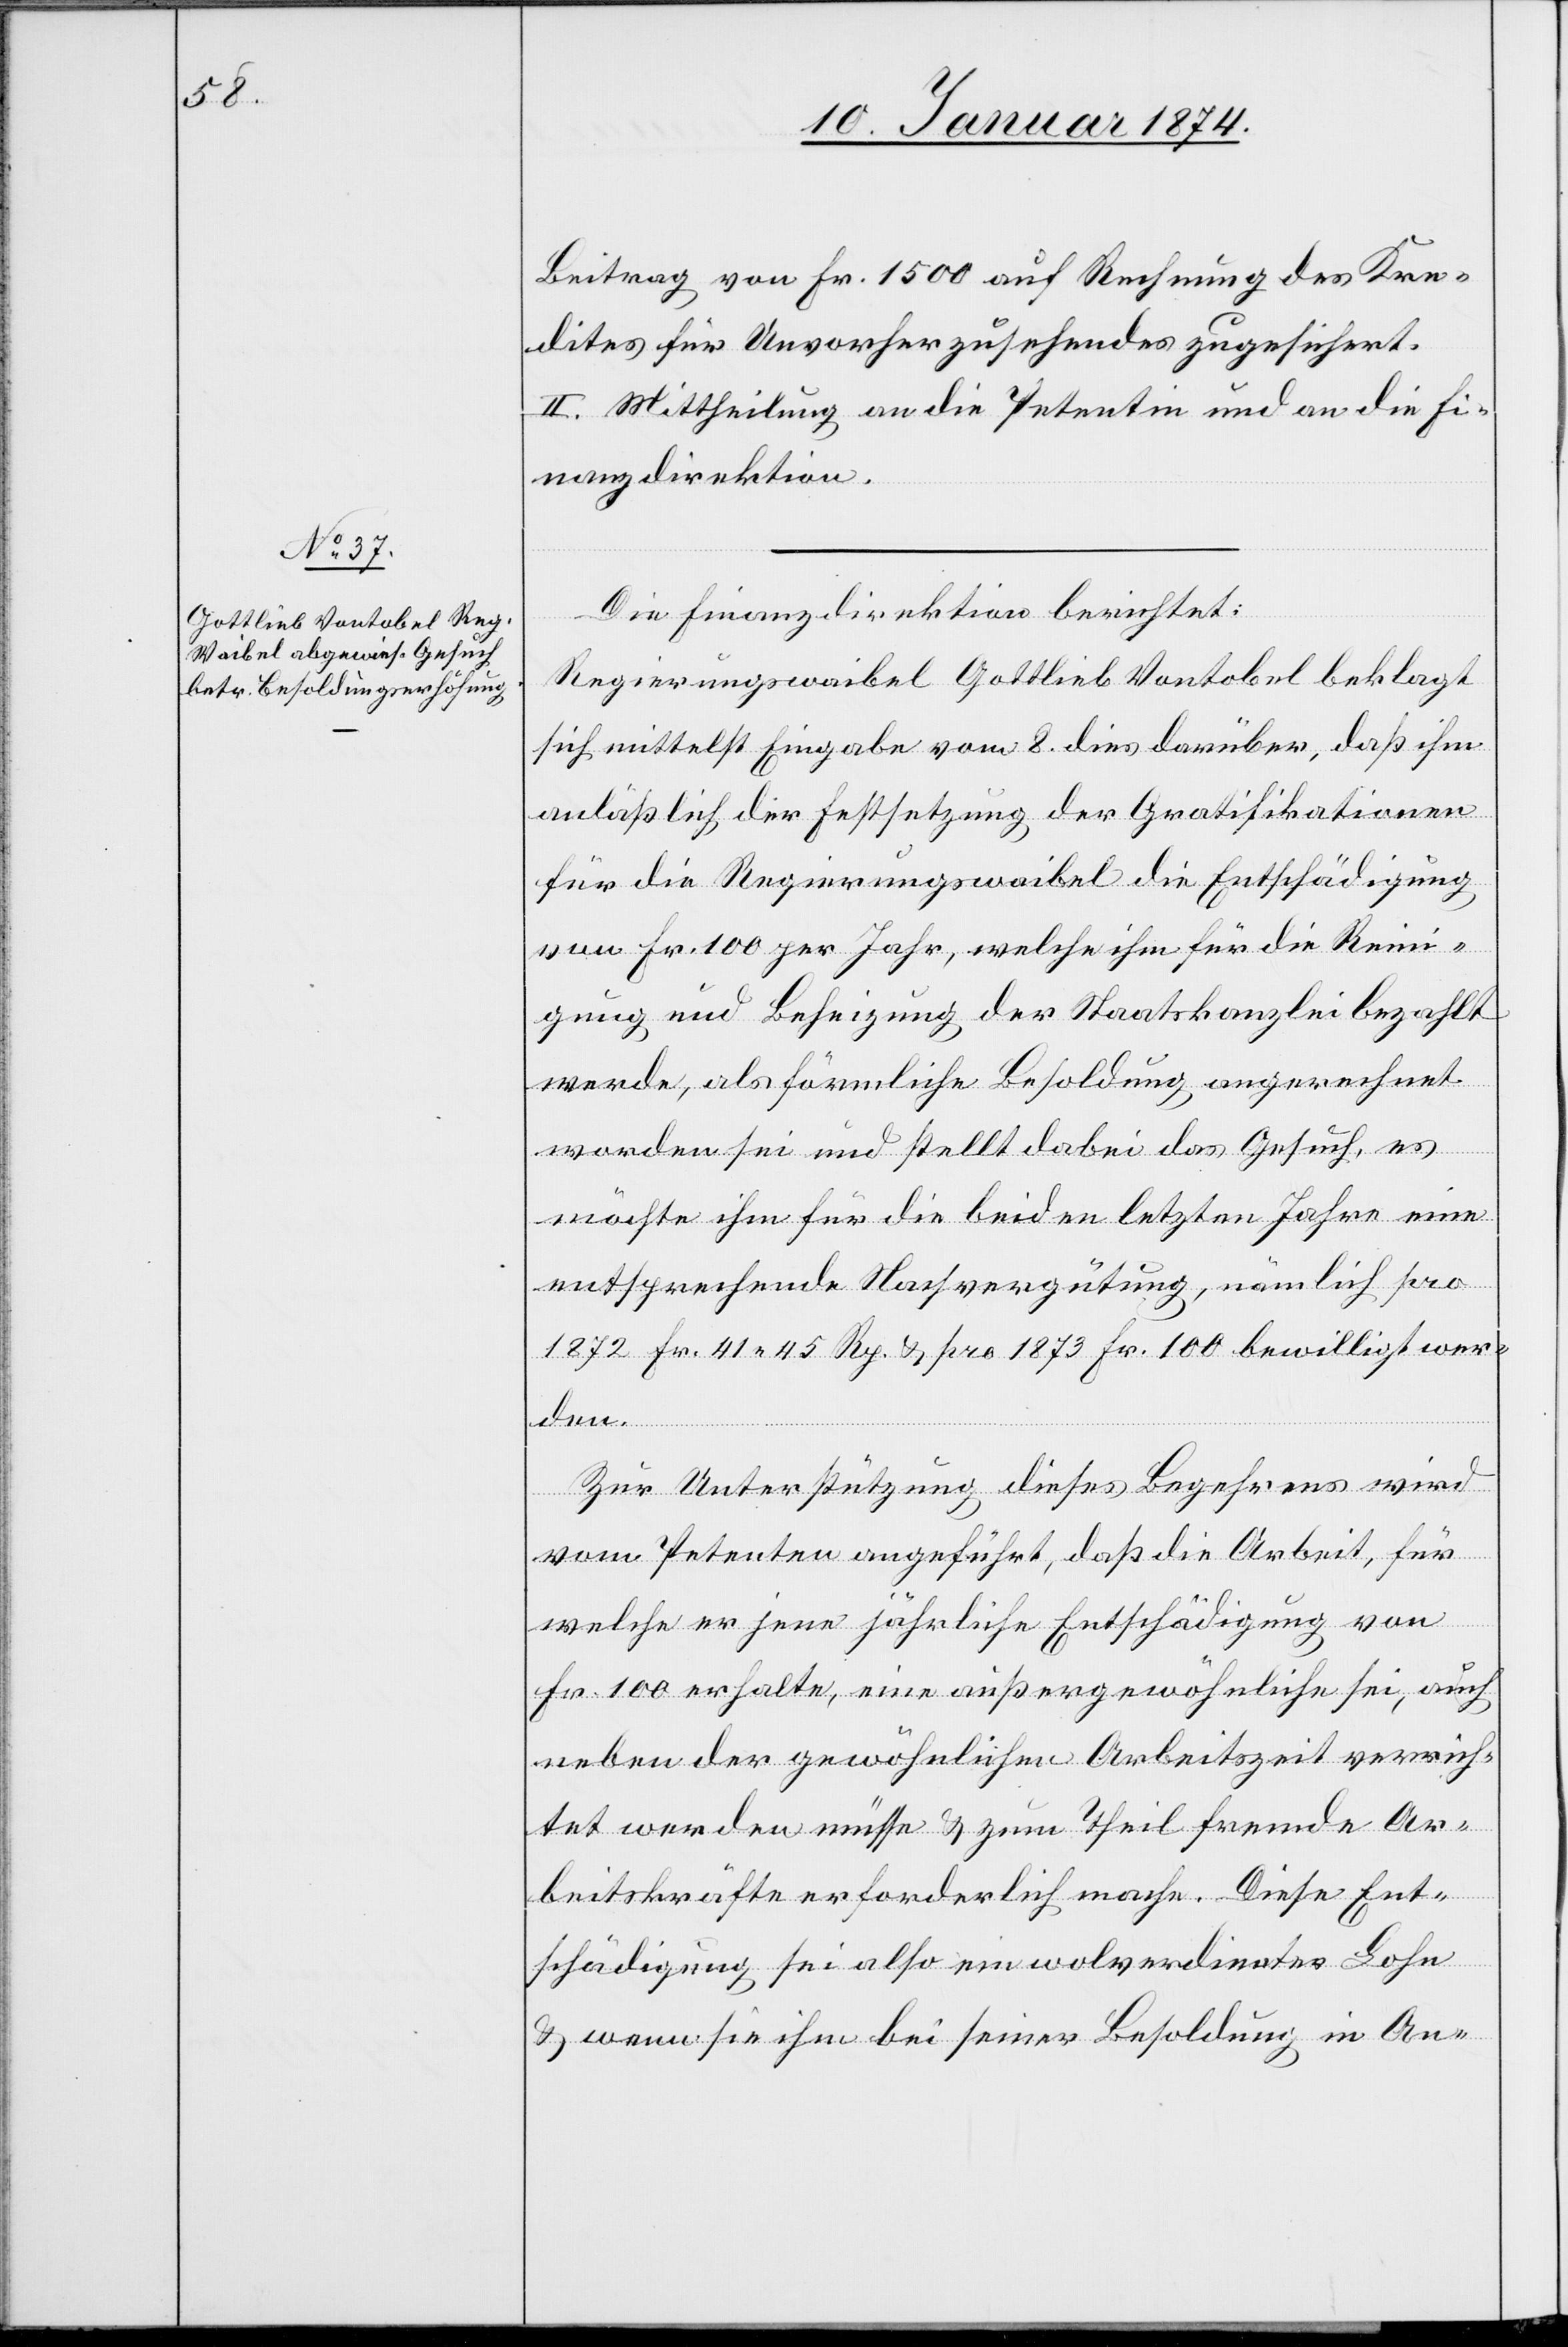
10. Januar 1874.
Beitrag von Fr. 1500 auf Rechnung des Kre¬
dites für Unvorherzusehendes zugesichert.
II. Mittheilung an die Petentin und an die Fi¬
nanzdirektion.
Die Finanzdirektion berichtet:
d.
Regierungswaibel Gottlieb Vontobel beklagt
sich mittelst Eingabe vom 8. dies darüber, daß ihm
anläßlich der Festsetzung der Gratifikationen
für die Regierungswaibel die Entschädigung
von Fr. 100 per Jahr, welche ihm für die Reini¬
gung und Beheizung der Staatskanzlei bezahlt
werde, als förmliche Besoldung angerechnet
worden sei und stellt dabei das Gesuch, es
möchte ihm für die beiden letzten Jahre eine
entsprechende Nachvergütung, nämlich pro
1872 Fr. 41.45 Rp. & pro 1873 Fr. 100 bewilligt wer¬
den.
Zur Unterstützung dieses Begehrens wird
vom Petenten angeführt, daß die Arbeit, für
welche er jene jährliche Entschädigung von
Fr. 100 erhalte, eine außergewöhnliche sei, auch
neben der gewöhnlichen Arbeitszeit verrich¬
tet werden müsse & zum Theil fremde Ar¬
beitskräfte erforderlich mache. Diese Ent¬
schädigung sei also ein wolverdienter Lohn
& wenn sie ihn bei seiner Besoldung in An-